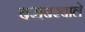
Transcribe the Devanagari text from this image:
बराबरवाले